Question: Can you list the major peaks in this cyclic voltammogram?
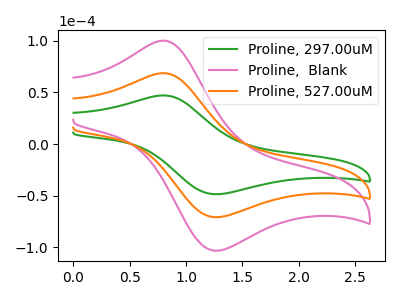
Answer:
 <answer>The green curve "Proline, 297.00uM" has an anodic peak at (0.80V, 47.10uA) and a cathodic peak at (1.25V, -48.55uA). The pink curve "Proline,  Blank" has an anodic peak at (0.80V, 137.35uA) and a cathodic peak at (1.25V, -141.65uA). The orange curve "Proline, 527.00uM" has an anodic peak at (0.80V, 68.70uA) and a cathodic peak at (1.25V, -70.80uA).</answer>
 <eval></eval>